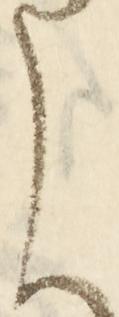
く